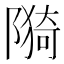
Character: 𮸪